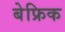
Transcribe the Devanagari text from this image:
बेफ्रिक